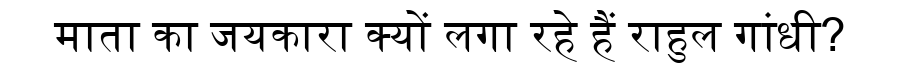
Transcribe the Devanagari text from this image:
माता का जयकारा क्यों लगा रहे हैं राहुल गांधी?